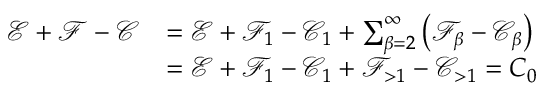
\begin{array} { r l } { \mathcal { E } + \mathcal { F } - \mathcal { C } } & { = \mathcal { E } + \mathcal { F } _ { 1 } - \mathcal { C } _ { 1 } + \sum _ { \beta = 2 } ^ { \infty } \left( \mathcal { F } _ { \beta } - \mathcal { C } _ { \beta } \right) } \\ & { = \mathcal { E } + \mathcal { F } _ { 1 } - \mathcal { C } _ { 1 } + \mathcal { F } _ { > 1 } - \mathcal { C } _ { > 1 } = C _ { 0 } } \end{array}